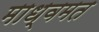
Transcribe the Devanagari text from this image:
माध्वमत